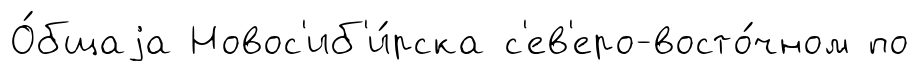
О́бщаjа Новос'иб'и́рска с'ев'еро-восто́чном по